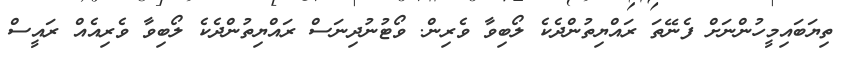
ތިޔަބައިމީހުންނަށް ފެނޭތަ ރައްޔިތުންދެކެ ލޯބިވާ ވެރިން. ވޯޓުނުދިނަސް ރައްޔިތުންދެކެ ލޯބިވާ ވެރިއެއް ރައީސް